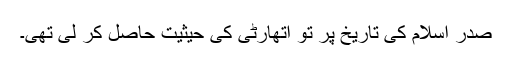
صدر اسلام کی تاریخ پر تو اتھارٹی کی حیثیت حاصل کر لی تھی۔